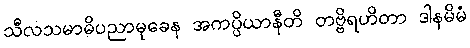
သီလသမာဓိပညာမုခေန အကပ္ပိယာနီတိ တဗ္ဗိရဟိတာ ဒါနမိမံ